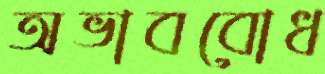
অভাববোধ